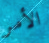
الأمر